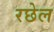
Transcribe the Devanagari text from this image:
रछेल